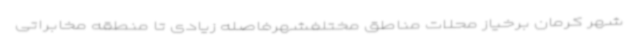
شهر کرمان برخیاز محلات مناطق مختلفشهرفاصله زیادی تا منطقه مخابراتی